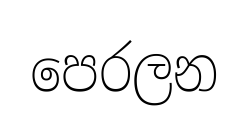
පෙරලන